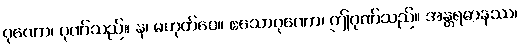
ဂုဏော၊ ဂုဏ်သည်။ န၊ မဟုတ်ပေ။ ဧသောဂုဏော၊ ဤဂုဏ်သည်။ အန္တရဓာနဿ၊